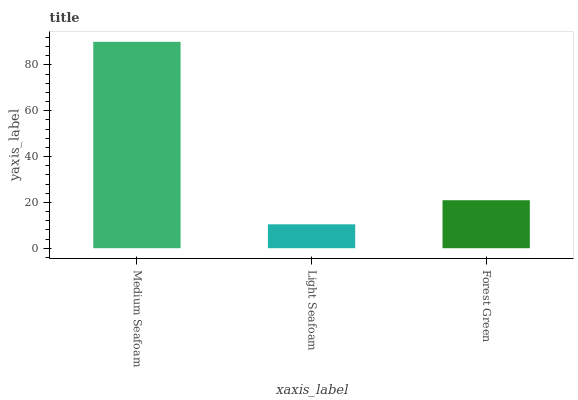
| xaxis_label | bars |
 | --- | --- |
 | Medium Seafoam | 90.1 |
 | Light Seafoam | 10.4 |
 | Forest Green | 20.9 |